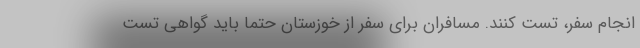
انجام سفر، تست کنند. مسافران برای سفر از خوزستان حتما باید گواهی تست